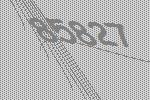
85827